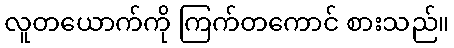
လူတယောက်ကို ကြက်တကောင် စားသည်။